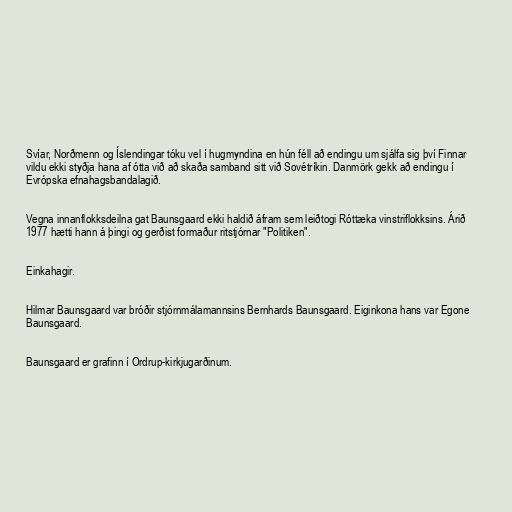
Svíar, Norðmenn og Íslendingar tóku vel í hugmyndina en hún féll að endingu um sjálfa sig því Finnar
vildu ekki styðja hana af ótta við að skaða samband sitt við Sovétríkin. Danmörk gekk að endingu í
Evrópska efnahagsbandalagið.

Vegna innanflokksdeilna gat Baunsgaard ekki haldið áfram sem leiðtogi Róttæka vinstriflokksins. Árið
1977 hætti hann á þingi og gerðist formaður ritstjórnar "Politiken".

Einkahagir.

Hilmar Baunsgaard var bróðir stjórnmálamannsins Bernhards Baunsgaard. Eiginkona hans var Egone
Baunsgaard.

Baunsgaard er grafinn í Ordrup-kirkjugarðinum.